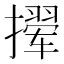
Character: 𫾉